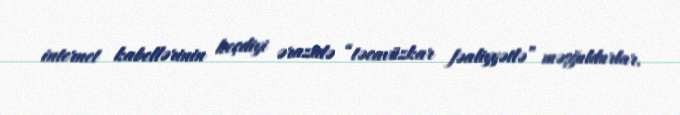
internet kabellərinin keçdiyi ərazidə “təcavüzkar fəaliyyətlə” məşğuldurlar.